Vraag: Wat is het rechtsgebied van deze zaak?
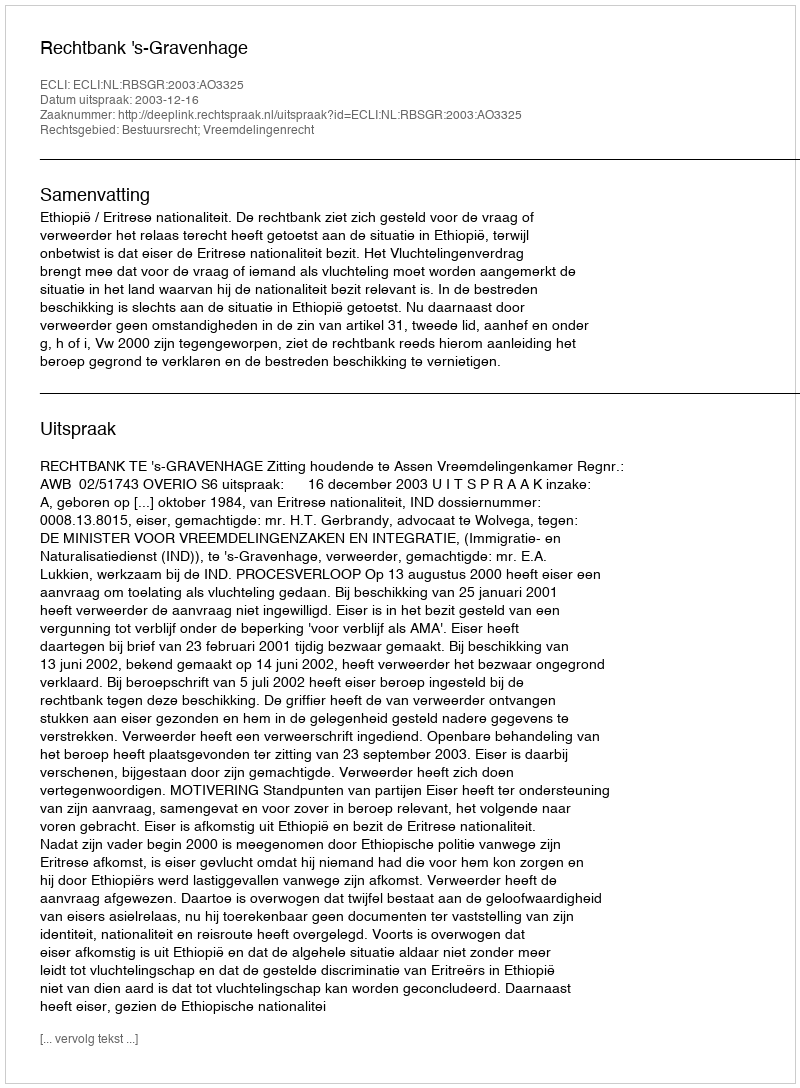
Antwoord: Bestuursrecht; Vreemdelingenrecht